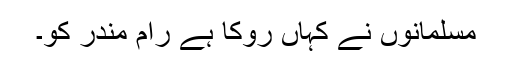
مسلمانوں نے کہاں روکا ہے رام مندر کو۔